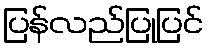
ပြန်လည်ပြုပြင်